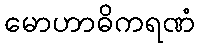
မောဟာဓိကရဏံ